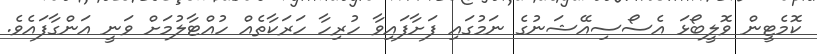
ކޮމެޓީން ވޮލީބޯޅަ އެސޯސިއޭޝަނުގެ ނަމުގައި ފަށާފައިވާ ހުރިހާ ހަރަކާތެއް ހުއްޓާލުމަށް ވަނީ އަންގާފައެވެ.